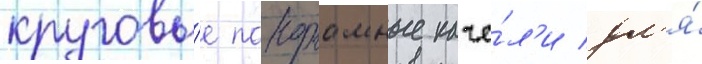
круговы́е панорамные каче́л'и дл'я́